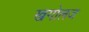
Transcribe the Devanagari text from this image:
खगोलज